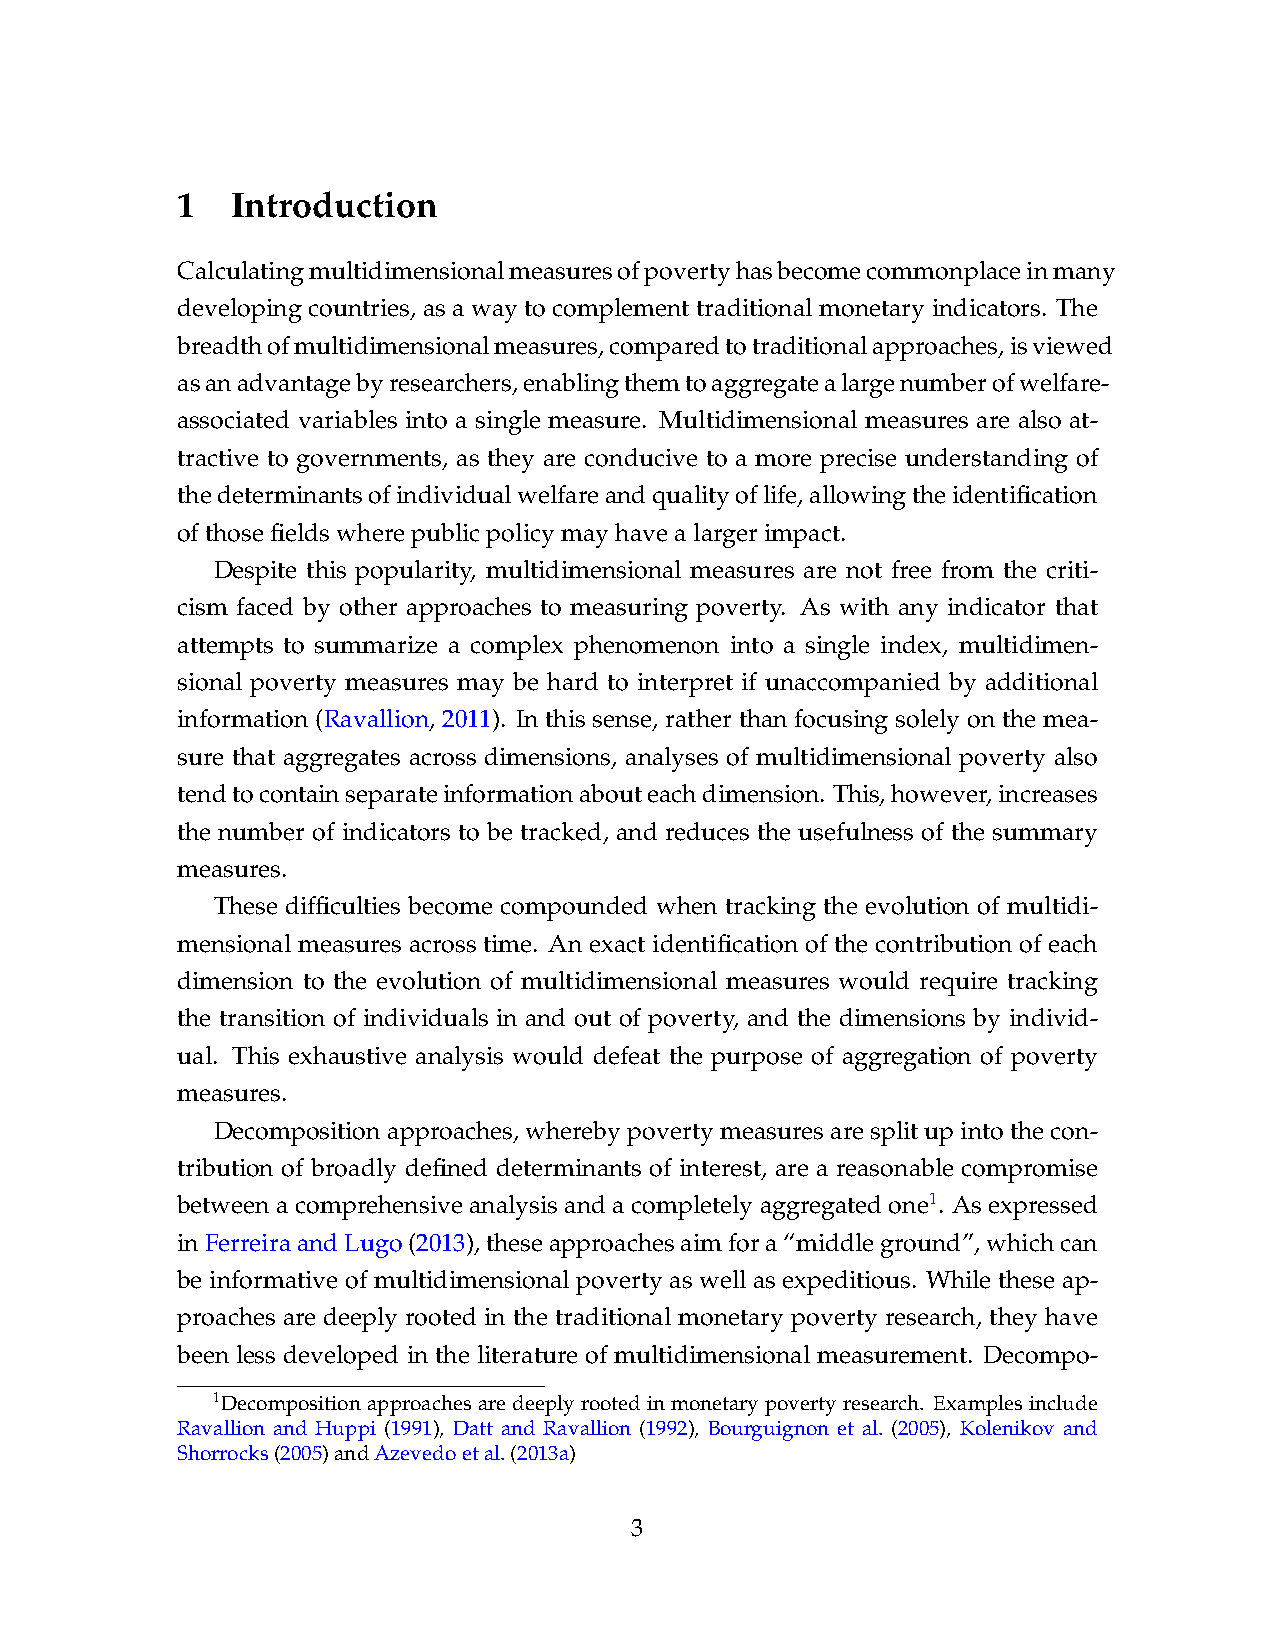
1  Introduction
 Calculatingmultidimensionalmeasuresofpovertyhasbecomecommonplaceinmany
 developing countries, as a way to complement traditional monetary indicators. The
 breadthofmultidimensionalmeasures,comparedtotraditionalapproaches,isviewed
 asanadvantagebyresearchers,enablingthemtoaggregatealargenumberofwelfare-
 associated variables into a single measure. Multidimensional measures are also at-
 tractive to governments, as they are conducive to a more precise understanding of
 thedeterminantsofindividualwelfareandqualityoflife,allowingtheidentification
 ofthosefieldswherepublicpolicymayhavealargerimpact.
 Despite this popularity, multidimensional measures are not free from the criti-
 cism faced by other approaches to measuring poverty. As with any indicator that
 attempts to summarize a complex phenomenon into a single index, multidimen-
 sional poverty measures may be hard to interpret if unaccompanied by additional
 information (Ravallion, 2011). In this sense, rather than focusing solely on the mea-
 sure that aggregates across dimensions, analyses of multidimensional poverty also
 tendtocontainseparateinformationabouteachdimension. This,however,increases
 the number of indicators to be tracked, and reduces the usefulness of the summary
 measures.
 These difficulties become compounded when tracking the evolution of multidi-
 mensional measures across time. An exact identification of the contribution of each
 dimension to the evolution of multidimensional measures would require tracking
 the transition of individuals in and out of poverty, and the dimensions by individ-
 ual. This exhaustive analysis would defeat the purpose of aggregation of poverty
 measures.
 Decompositionapproaches,wherebypovertymeasuresaresplitupintothecon-
 tribution of broadly defined determinants of interest, are a reasonable compromise
 between a comprehensive analysis and a completely aggregated one1. As expressed
 inFerreiraandLugo(2013),theseapproachesaimfora“middleground”,whichcan
 be informative of multidimensional poverty as well as expeditious. While these ap-
 proaches are deeply rooted in the traditional monetary poverty research, they have
 been less developed in the literature of multidimensional measurement. Decompo-
 1Decompositionapproachesaredeeplyrootedinmonetarypovertyresearch. Examplesinclude
 Ravallion and Huppi (1991), Datt and Ravallion (1992), Bourguignon et al. (2005), Kolenikov and
 Shorrocks(2005)andAzevedoetal.(2013a)
 3